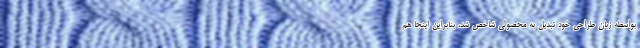
بواسطه زبان طراحی خود تبدیل به محصولی شاخص شد، بنابراین اینجا هم